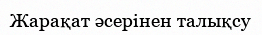
Жарақат әсерінен талықсу